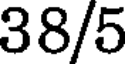
38/5